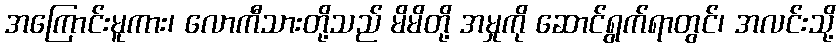
အကြောင်းမူကား၊ လောကီသားတို့သည် မိမိတို့ အမှုကို ဆောင်ရွက်ရာတွင်၊ အလင်းသို့